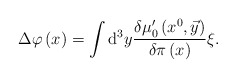
\begin{align*}\Delta \varphi \left( x\right) =\int \mathrm{d}^{3}y\frac{\delta \mu_{0}^{\prime }\left( x^{0},\vec{y}\right) }{\delta \pi \left( x\right) }\xi .\end{align*}